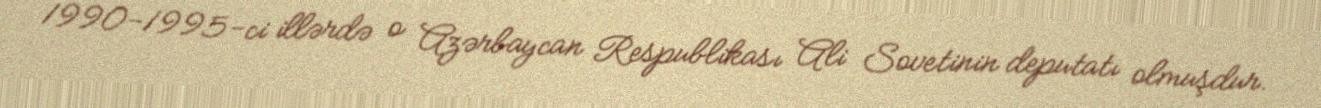
1990-1995-ci illərdə o Azərbaycan Respublikası Ali Sovetinin deputatı olmuşdur.